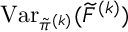
\operatorname { V a r } _ { \tilde { \pi } ^ { ( k ) } } ( \widetilde { F } ^ { ( k ) } )